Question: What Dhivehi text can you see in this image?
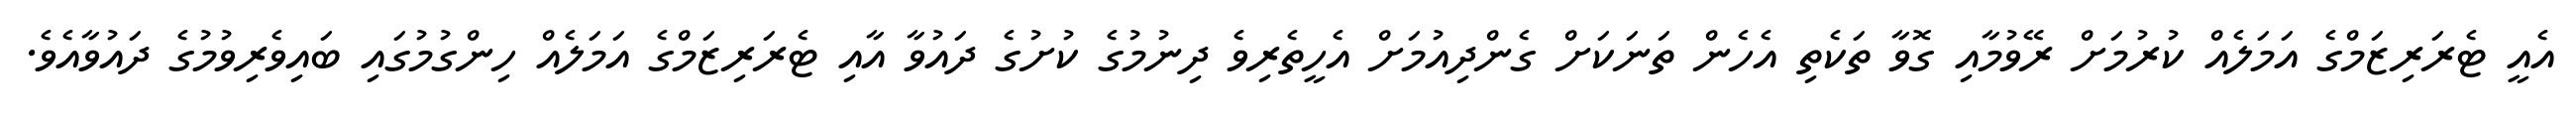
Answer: އެއީ ޓެރަރިޒަމްގެ އަމަލެއް ކުރުމަށް ރޭވުމާއި ގޮވާ ތަކެތި އެހެން ތަނަކަށް ގެންދިއުމަށް އެހީތެރިވެ ދިނުމުގެ ކުށުގެ ދައުވާ އާއި ޓެރަރިޒަމްގެ އަމަލެއް ހިންގުމުގައި ބައިވެރިވުމުގެ ދައުވާއެވެ.